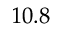
1 0 . 8